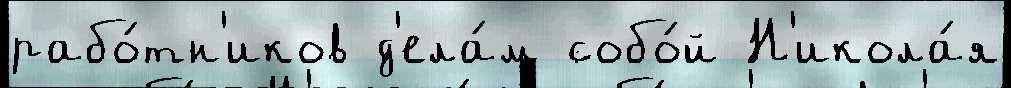
рабо́тн'иков д'ела́м собо́й Н'икола́я